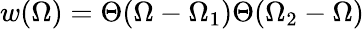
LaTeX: w(\Omega)=\Theta(\Omega-\Omega_{1})\Theta(\Omega_{2}-\Omega)